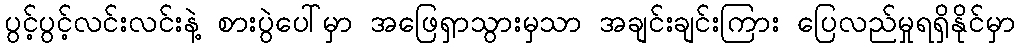
ပွင့်ပွင့်လင်းလင်းနဲ့ စားပွဲပေါ်မှာ အဖြေရှာသွားမှသာ အချင်းချင်းကြား ပြေလည်မှုရရှိနိုင်မှာ